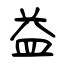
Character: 益